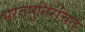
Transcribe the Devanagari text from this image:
भरतमुनिरचित